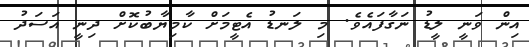
އިން ވަނީ ލީޑު ނަގާފައެވެ. މި ލަނޑު އެޓީމަށް ކާމިޔާބުކޮށް ދިނީ އަސަދު